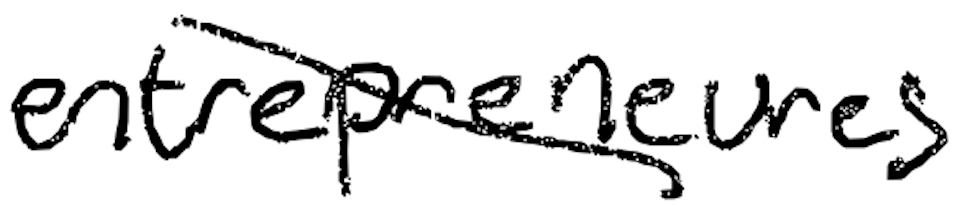
Text: entrepreneurs
Cross-out: diagonal
Writing tool: digital_black